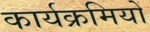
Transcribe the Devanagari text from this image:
कार्यक्रमियों